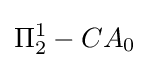
\Pi _{2}^{1}-CA_{0}